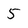
Character: 5